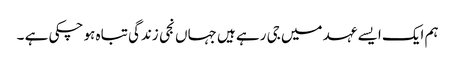
ہم ایک ایسے عہد میں جی رہے ہیں جہاں نجی زندگی تباہ ہو چکی ہے ۔